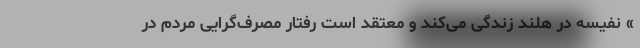
» نفیسه در هلند زندگی می‌کند و معتقد است رفتار مصرف‌گرایی مردم در